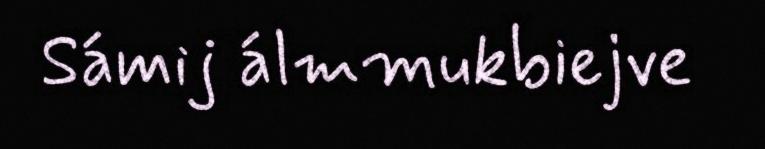
Sámij álmmukbiejve